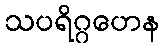
သပရိဂ္ဂဟေန